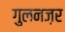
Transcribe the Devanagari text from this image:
गुलनज़र